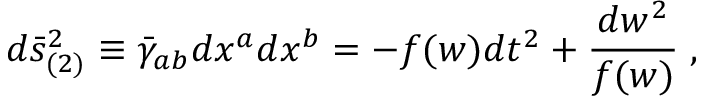
d \bar { s } _ { ( 2 ) } ^ { 2 } \equiv \bar { \gamma } _ { a b } d x ^ { a } d x ^ { b } = - f ( w ) d t ^ { 2 } + \frac { d w ^ { 2 } } { f ( w ) } \; ,